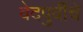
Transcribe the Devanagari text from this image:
वेदपुर्वीचे